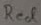
Text: Red